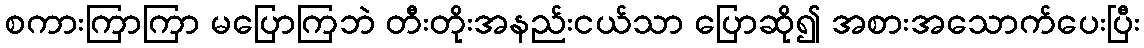
စကားကြာကြာ မပြောကြဘဲ တီးတိုးအနည်းငယ်သာ ပြောဆို၍ အစားအသောက်ပေးပြီး